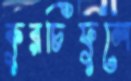
কুরচিফুলে